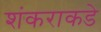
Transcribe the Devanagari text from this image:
शंकराकडे